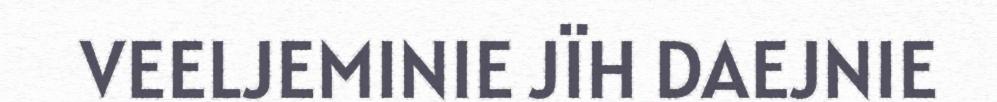
VEELJEMINIE JÏH DAEJNIE